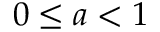
0 \le a < 1